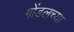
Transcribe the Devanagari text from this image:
गोंडलच्या